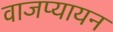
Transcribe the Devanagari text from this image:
वाजप्यायन